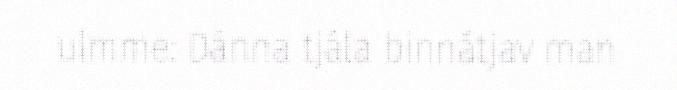
ulmme: Dánna tjála binnátjav man